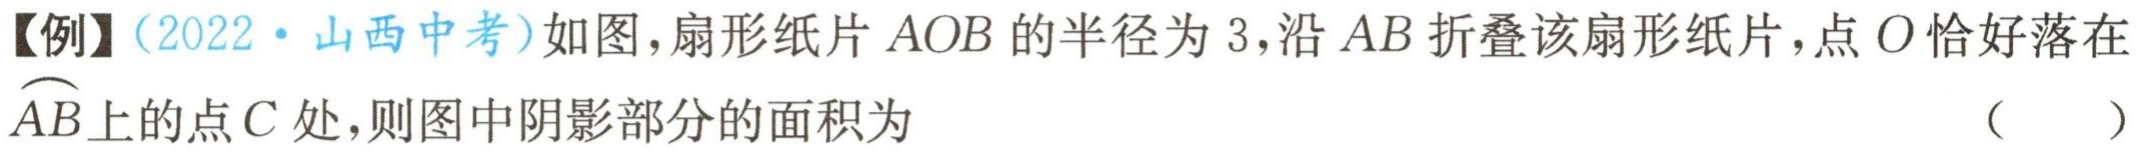
【例】（2022·山西中考）如图，扇形纸片 \(AOB\) 的半径为 \(3\)，沿 \(AB\) 折叠该扇形纸片，点 \(O\) 恰好落在 \(\overset{\frown}{AB}\) 上的点 \(C\) 处，则图中阴影部分的面积为 （  ）